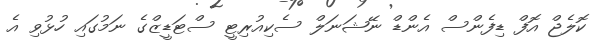
ކޮލެޖް އޮފް ޑިފެންސް އެންޑް ނޭޝަނަލް ސެކިއުރިޓީ ސްޓަޑީޒްގެ ނަމުގައި ހުޅުވި އެ